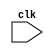
module sequential_logic (
    input wire clk,
    //add all other input/output ports here

    //define your internal signals here

);

//define your sequential logic elements here

always @ (negedge clk) begin
    //add your sequential logic operations here
end

//add other combinational logic blocks here

endmodule